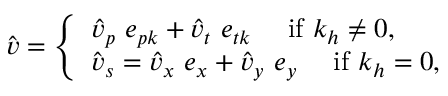
\hat { \boldsymbol { v } } = \left\{ \begin{array} { l l } { \hat { v } _ { p } ~ \boldsymbol { e } _ { p \boldsymbol { k } } + \hat { v } _ { t } ~ \boldsymbol { e } _ { t \boldsymbol { k } } ~ ~ ~ ~ \mathrm { i f } ~ k _ { h } \neq 0 , } \\ { \hat { \boldsymbol { v } } _ { s } = \hat { v } _ { x } ~ \boldsymbol { e } _ { x } + \hat { v } _ { y } ~ \boldsymbol { e } _ { y } ~ ~ ~ ~ \mathrm { i f } ~ k _ { h } = 0 , } \end{array} \right.